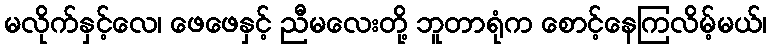
မလိုက်နှင့်လေ၊ ဖေဖေနှင့် ညီမလေးတို့ ဘူတာရုံက စောင့်နေကြလိမ့်မယ်၊